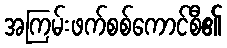
အကြမ်းဖက်စစ်ကောင်စီ၏